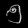
Digit: ၅